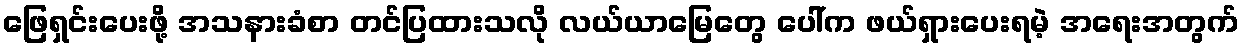
ဖြေရှင်းပေးဖို့ အသနားခံစာ တင်ပြထားသလို လယ်ယာမြေတွေ ပေါ်က ဖယ်ရှားပေးရမဲ့ အရေးအတွက်